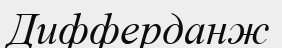
Дифферданж